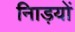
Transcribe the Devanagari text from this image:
नािड़यों